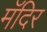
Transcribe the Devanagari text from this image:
मॅदिर